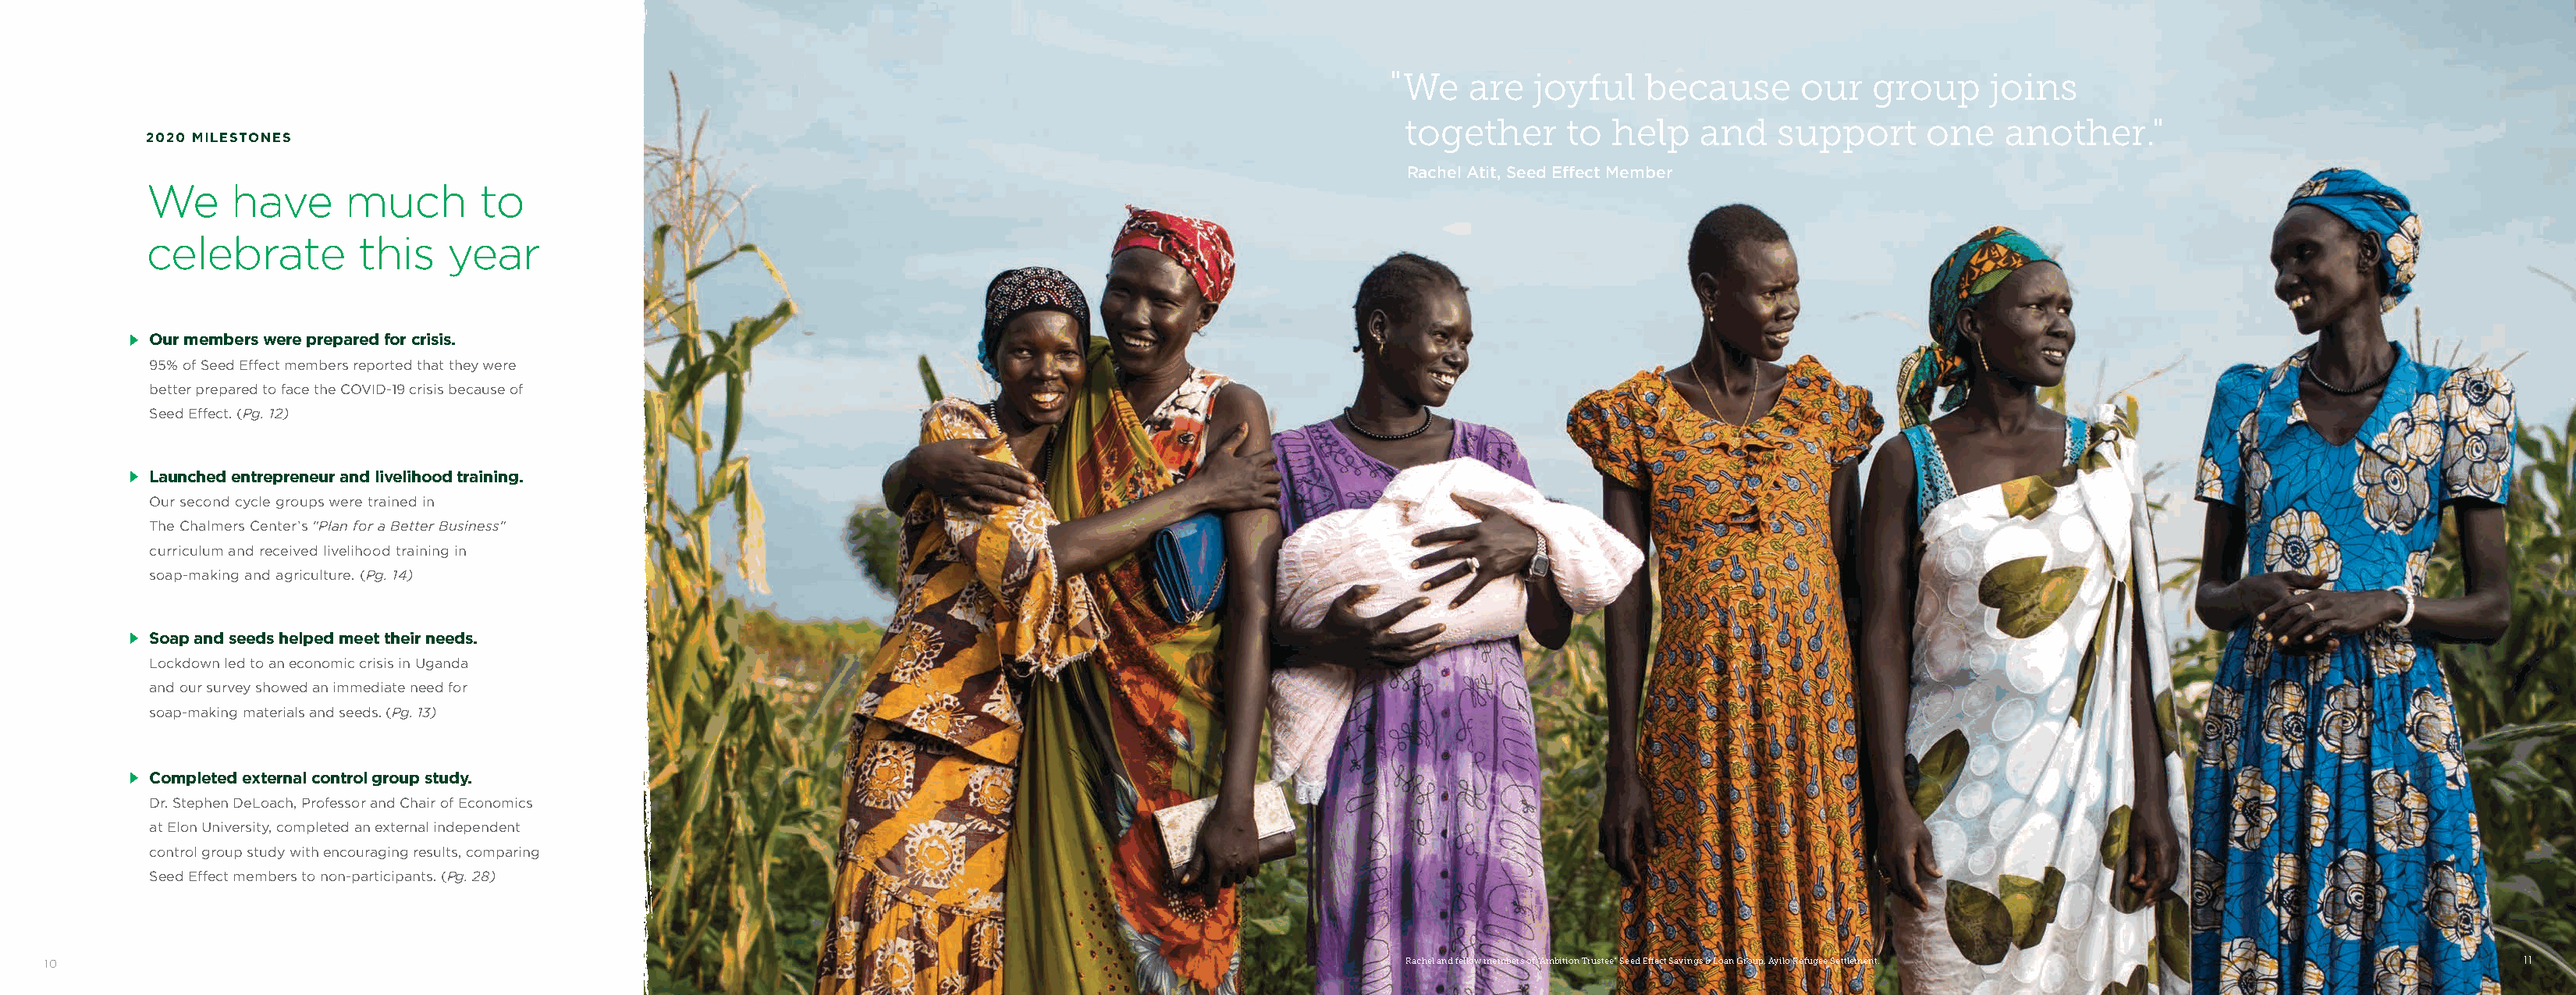
"We    are  joyful    because      our   group     joins
 together      to  help   and    support     one    another."
 2020 MILESTONES
 Rachel Atit, Seed Effect Member
 We      have     much        to
 celebrate         this    year
 m Our members were prepared for crisis.
 95% of Seed Effect members reported that they were
 better prepared to face the COVID-19 crisis because of
 Seed Effect. (Pg. 12)
 m Launched entrepreneur and livelihood training.
 Our second cycle groups were trained in
 The Chalmers Center’s "Plan for a Better Business"
 curriculum and received livelihood training in
 soap-making and agriculture. (Pg. 14)
 m Soap and seeds helped meet their needs.
 Lockdown led to an economic crisis in Uganda
 and our survey showed an immediate need for
 soap-making materials and seeds. (Pg. 13)
 m Completed external control group study.
 Dr. Stephen DeLoach, Professor and Chair of Economics
 at Elon University, completed an external independent
 control group study with encouraging results, comparing
 Seed Effect members to non-participants. (Pg. 28)
 10                                                                                                                 Rachel and fellow members of "Ambition Trustee" Seed Effect Savings & Loan Group, Ayilo Refugee Settlement. 11